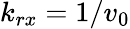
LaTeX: k_{rx}=1/v_{0}